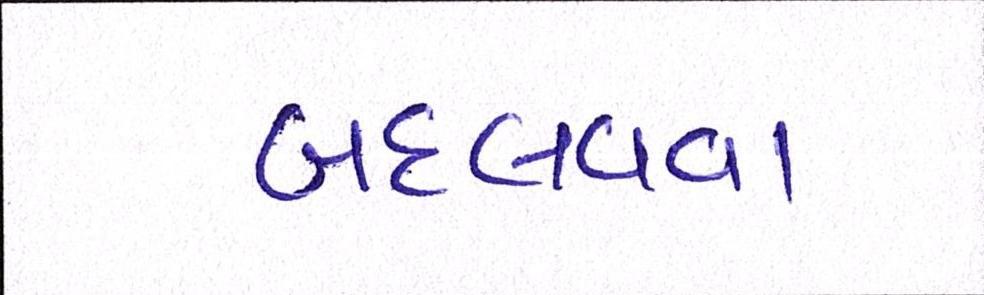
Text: બદલવવા